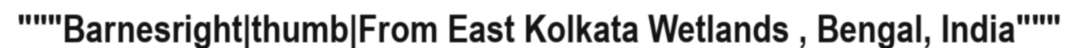
"""Barnesright|thumb|From East Kolkata Wetlands , Bengal, India"""